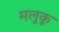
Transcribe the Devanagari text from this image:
मलुकू